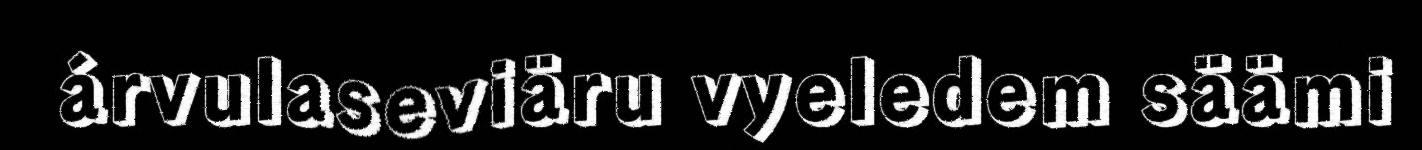
árvulaseviäru vyeledem säämi